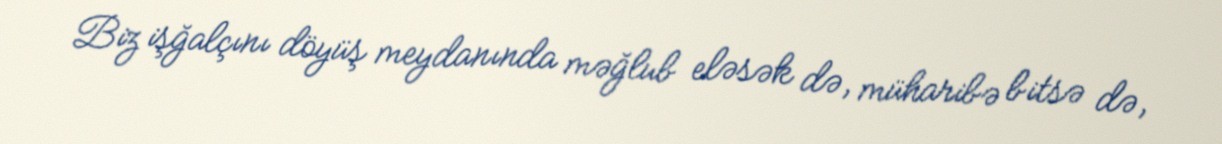
Biz işğalçını döyüş meydanında məğlub eləsək də, müharibə bitsə də,